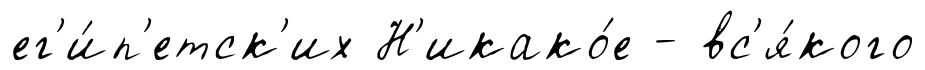
ег'и́п'етск'их Н'икако́е - вс'я́кого